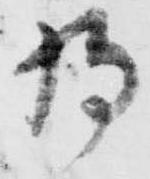
将